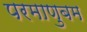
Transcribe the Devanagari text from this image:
परमाणुबम